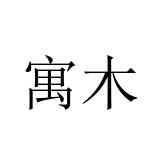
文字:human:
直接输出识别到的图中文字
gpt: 寓木